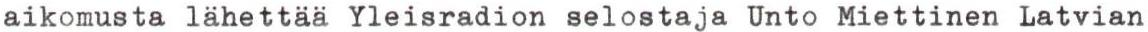
aikomusta lähettää Yleisradion selostaja Unto Miettinen Latvian